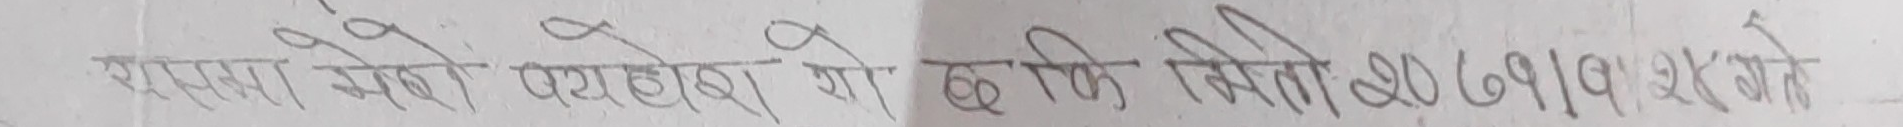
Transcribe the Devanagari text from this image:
सयमा भएको प्रयोग हुने छ कि मिति २०७९।१२ गते